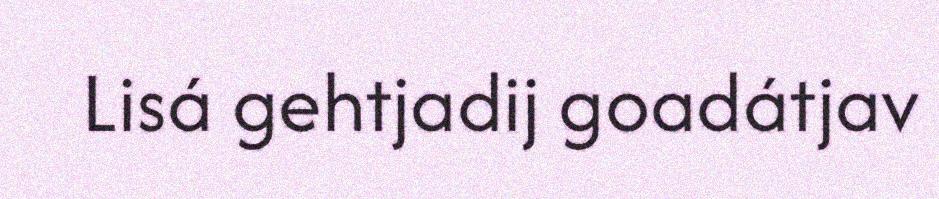
Lisá gehtjadij goadátjav